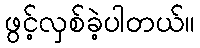
ဖွင့်လှစ်ခဲ့ပါတယ်။